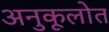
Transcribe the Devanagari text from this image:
अनुकूलोत